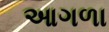
આગળા